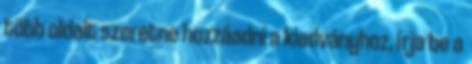
több oldalt szeretne hozzáadni a kiadványhoz, írja be a